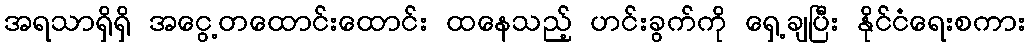
အရသာရှိရှိ အငွေ့တထောင်းထောင်း ထနေသည့် ဟင်းခွက်ကို ရှေ့ချပြီး နိုင်ငံရေးစကား